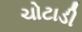
ચોટાડી